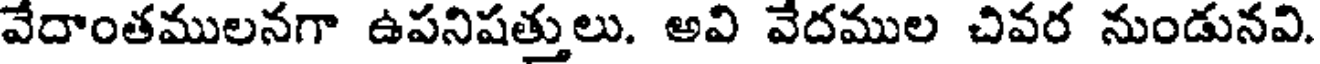
వేదాంతములనగా ఉపనిషత్తులు. అవి వేదముల చివర నుండునవి.